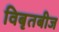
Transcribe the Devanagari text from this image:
विबृतबीज